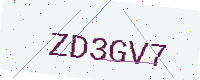
Text: ZD3GV7